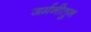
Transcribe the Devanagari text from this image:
जर्मनीतुन